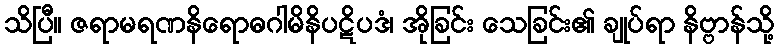
သိပြီ။ ဇရာမရဏနိရောဓဂါမိနိပဋိပဒံ၊ အိုခြင်း သေခြင်း၏ ချုပ်ရာ နိဗ္ဗာန်သို့